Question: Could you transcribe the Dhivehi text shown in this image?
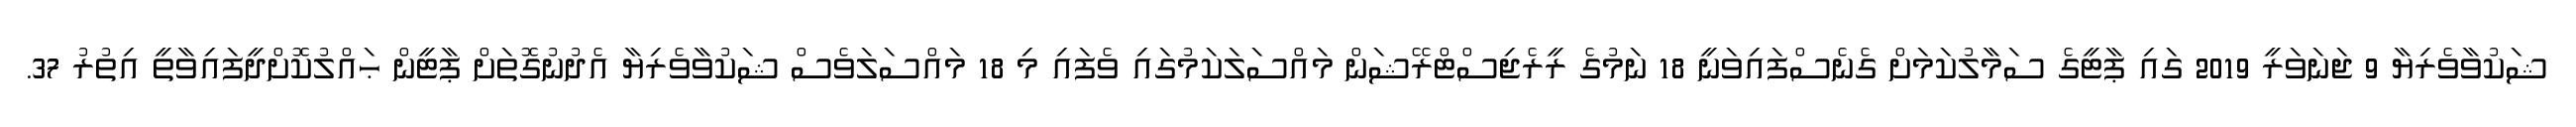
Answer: ޝަކުވާވެރިޔާ 9 ޖަނަވަރީ 2019 ގައި ޕާޓީގެ ސަމާލުކަމަށް ގެނެސްފައިވަނީ 18 ނަމުގެ ރީރެޖިސްޓްރޭޝަން މައްސަލަކަމުގައި ވެފައި މި 18 މައްސަލަވެސް ޝަކުވާވެރިޔާ އެދުނުގޮތަށް ޕާޓީން ޙައްލުކޮށްދީފައިވާތީ އިތުރު 37.